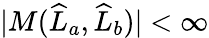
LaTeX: |M(\widehat{L}_{a},\widehat{L}_{b})|<\infty